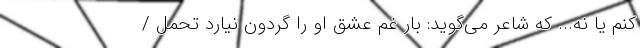
کنم یا نه... که شاعر می‌گوید: بار غم عشق او را گردون نیارد تحمل /